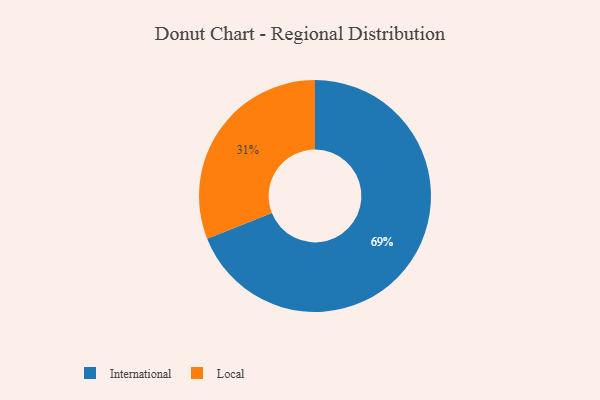
{"axis": {"x": "Category", "y": "Percentage"}, "legend": ["International", "Local"], "data": [{"x": "International", "y": 69, "type": "International"}, {"x": "Local", "y": 31, "type": "Local"}]}